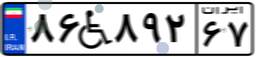
۸۶W۸۹۲۶۷